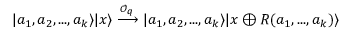
\vert a _ { 1 } , a _ { 2 } , . . . , a _ { k } \rangle \vert x \rangle \xrightarrow { \mathcal { O } _ { q } } \vert a _ { 1 } , a _ { 2 } , . . . , a _ { k } \rangle \vert x \oplus R ( a _ { 1 } , . . . , a _ { k } ) \rangle